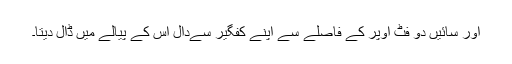
اور سائیں دو فٹ اوپر کے فاصلے سے اپنے کفگیر سےدال اس کے پیالے میں ڈال دیتا۔